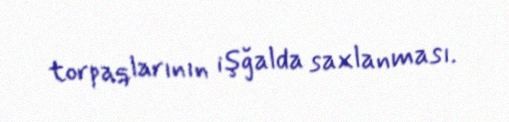
torpaqlarının işğalda saxlanması.